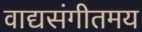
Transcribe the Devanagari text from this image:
वाद्यसंगीतमय